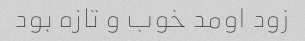
زود اومد خوب و تازه بود